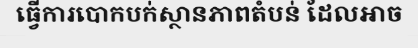
ធ្វើការបោកបក់ស្ថានភាពតំបន់ ដែលអាច